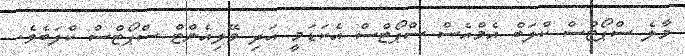
މާލެ ސްޕޯޓްސް ކްލަބް އެމްއެސް ސްޕޯޓްސް އެކަޑަމީ އަދި ވޭލިއެންޓް ސްޕޯޓްސް ކްލަބެވެ.